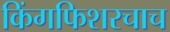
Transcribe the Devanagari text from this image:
किंगफिशरचाच